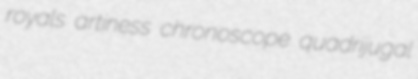
royals artiness chronoscope quadrijugal